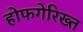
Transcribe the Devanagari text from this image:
होफगेरिख्त